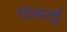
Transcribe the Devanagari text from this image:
गोसरई